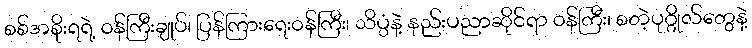
စစ်အစိုးရရဲ့ ဝန်ကြီးချုပ်၊ ပြန်ကြားရေးဝန်ကြီး၊ သိပ္ပံနဲ့ နည်းပညာဆိုင်ရာ ဝန်ကြီး၊ စတဲ့ပုဂ္ဂိုလ်တွေနဲ့